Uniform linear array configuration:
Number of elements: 12
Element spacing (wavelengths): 1
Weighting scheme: blackman
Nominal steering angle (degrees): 0
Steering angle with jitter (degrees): -0.151
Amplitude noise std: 0.05
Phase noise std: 0.05

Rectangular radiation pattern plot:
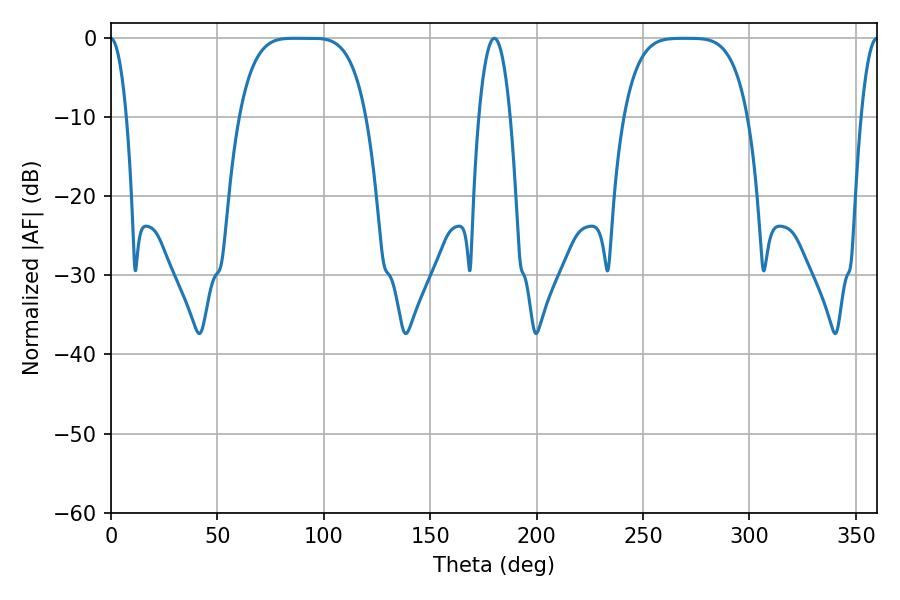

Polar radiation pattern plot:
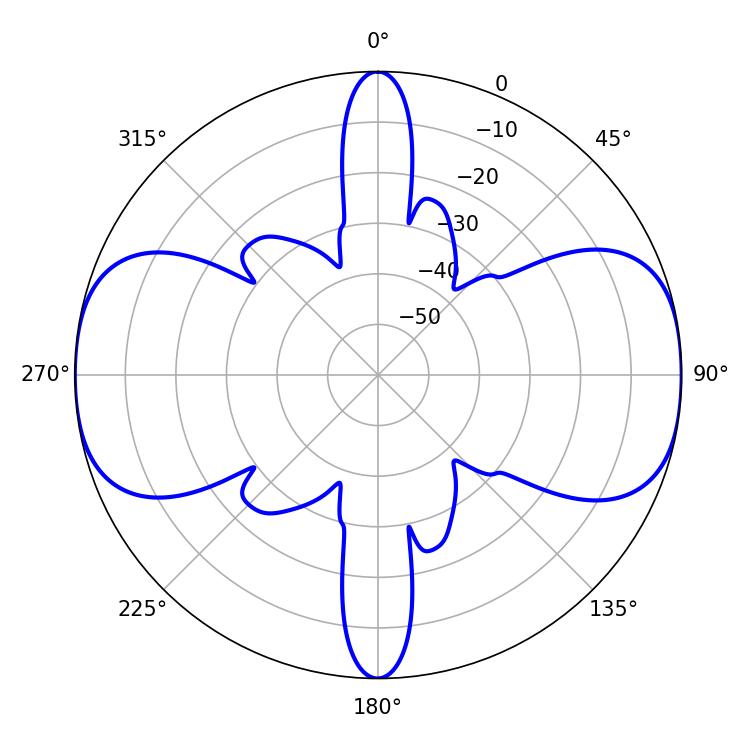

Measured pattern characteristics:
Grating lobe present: TRUE
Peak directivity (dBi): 18.871
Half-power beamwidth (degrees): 44.64
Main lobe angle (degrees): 86.22